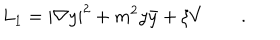
L _ { 1 } = | \nabla y | ^ { 2 } + m ^ { 2 } y \bar { y } + \xi V \qquad .